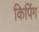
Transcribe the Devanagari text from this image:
किपिंग